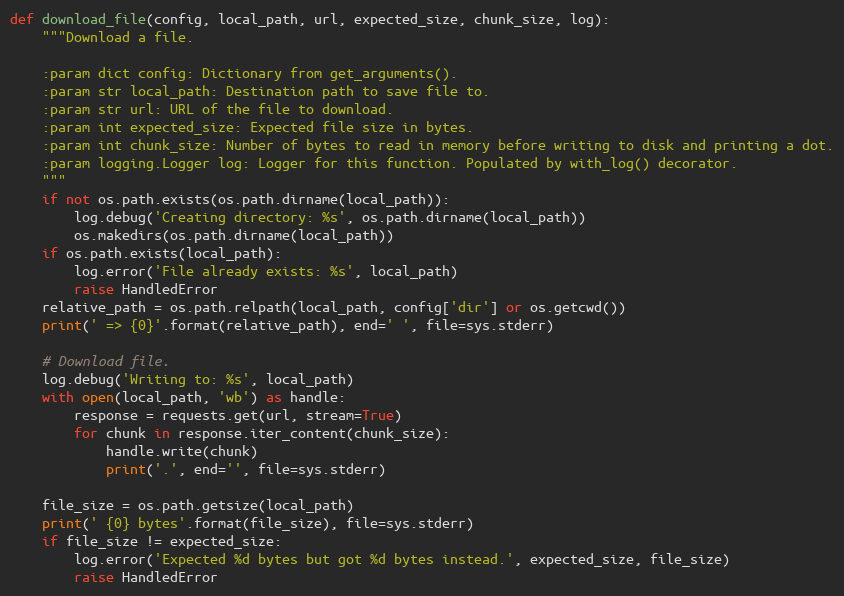
Language: Python
def download_file(config, local_path, url, expected_size, chunk_size, log):
    """Download a file.

    :param dict config: Dictionary from get_arguments().
    :param str local_path: Destination path to save file to.
    :param str url: URL of the file to download.
    :param int expected_size: Expected file size in bytes.
    :param int chunk_size: Number of bytes to read in memory before writing to disk and printing a dot.
    :param logging.Logger log: Logger for this function. Populated by with_log() decorator.
    """
    if not os.path.exists(os.path.dirname(local_path)):
        log.debug('Creating directory: %s', os.path.dirname(local_path))
        os.makedirs(os.path.dirname(local_path))
    if os.path.exists(local_path):
        log.error('File already exists: %s', local_path)
        raise HandledError
    relative_path = os.path.relpath(local_path, config['dir'] or os.getcwd())
    print(' => {0}'.format(relative_path), end=' ', file=sys.stderr)

    # Download file.
    log.debug('Writing to: %s', local_path)
    with open(local_path, 'wb') as handle:
        response = requests.get(url, stream=True)
        for chunk in response.iter_content(chunk_size):
            handle.write(chunk)
            print('.', end='', file=sys.stderr)

    file_size = os.path.getsize(local_path)
    print(' {0} bytes'.format(file_size), file=sys.stderr)
    if file_size != expected_size:
        log.error('Expected %d bytes but got %d bytes instead.', expected_size, file_size)
        raise HandledError